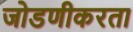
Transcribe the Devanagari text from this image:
जोडणीकरता